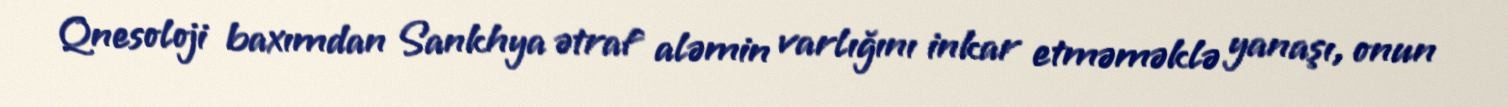
Qnesoloji baxımdan Sankhya ətraf aləmin varlığını inkar etməməklə yanaşı, onun